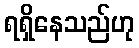
ရရှိနေသည်ဟု